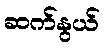
ဆက်နွယ်